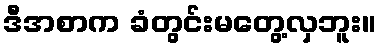
ဒီအစာက ခံတွင်းမတွေ့လှဘူး။